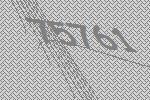
75761